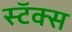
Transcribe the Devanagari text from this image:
स्टॅक्स